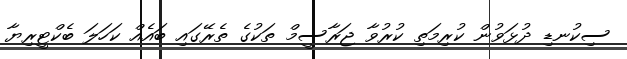
ސިކުނޑި ދުޅަވުން ކުރިމަތި ކުރުވާ ޖަރާސީމް ތަކުގެ ތެރޭގައި ބައެއް ކަހަލަ ބެކްޓީރިޔާ